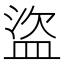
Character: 盜